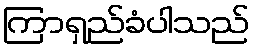
ကြာရှည်ခံပါသည်